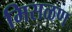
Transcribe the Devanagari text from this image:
मिसळण